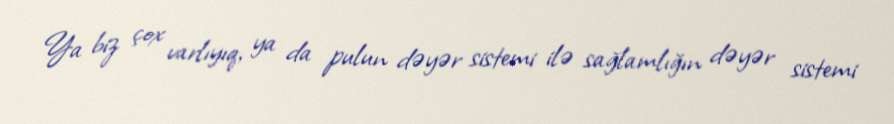
Ya biz çox varlıyıq, ya da pulun dəyər sistemi ilə sağlamlığın dəyər sistemi